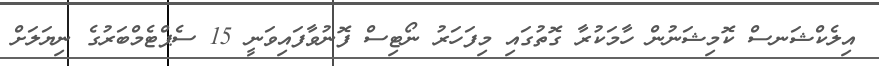
އިލެކްޝަނސް ކޮމިޝަނުން ހާމަކުރާ ގޮތުގައި މިފަހަރު ނޯޓިސް ފޮނުވާފައިވަނީ 15 ސެޕްޓެމްބަރުގެ ނިޔަލަށް